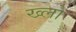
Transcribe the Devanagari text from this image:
ख्लो